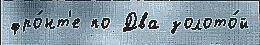
фро́нт'е по Два золото́й